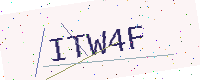
Text: ITW4F